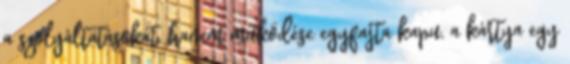
a szolgáltatásokat, hanem működése egyfajta kapu, a kártya egy